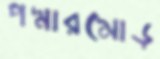
পদ্মারমোড়